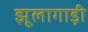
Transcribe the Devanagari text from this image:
झूलागाड़ी